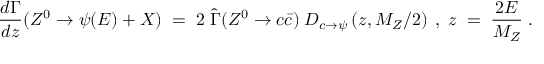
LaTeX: { { \frac { d \Gamma } { d z } } ( Z ^ { 0 } \rightarrow \psi ( E ) + X ) \; = \; 2 \; { \widehat \Gamma } ( Z ^ { 0 } \rightarrow c { \bar { c } } ) \; D _ { c \rightarrow \psi } \left( z , M _ { Z } / 2 \right) \; , \; z \; = \; { \frac { 2 E } { M _ { Z } } } \; . }